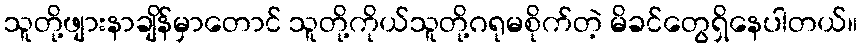
သူတို့ဖျားနာချိန်မှာတောင် သူတို့ကိုယ်သူတို့ဂရုမစိုက်တဲ့ မိခင်တွေရှိနေပါတယ်။